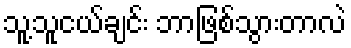
သူ့သူငယ်ချင်း ဘာဖြစ်သွားတာလဲ